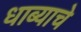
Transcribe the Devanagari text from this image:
धाब्याचे